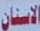
الاسنان